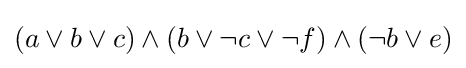
(a\lor b\lor c)\land (b\lor \lnot c\lor \lnot f)\land (\lnot b\lor e)